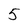
Character: 5